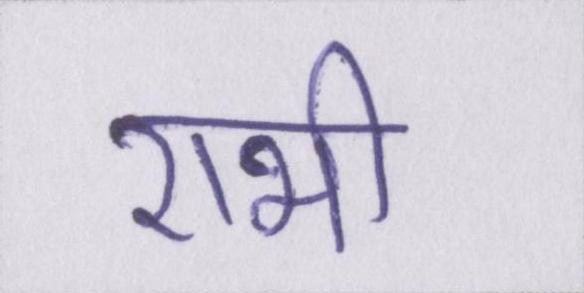
राभी